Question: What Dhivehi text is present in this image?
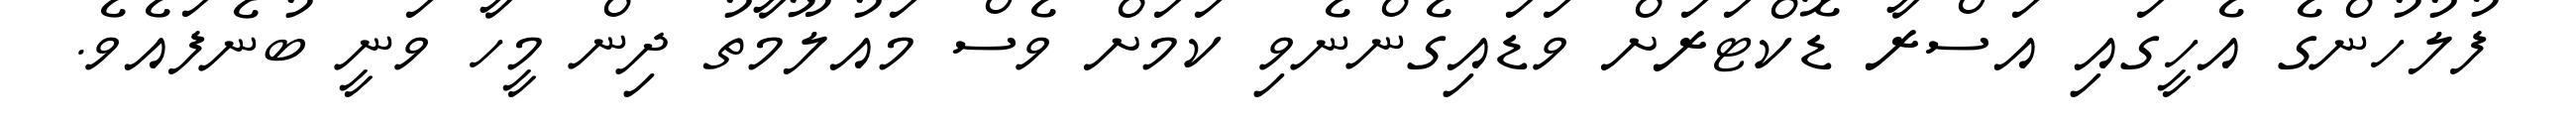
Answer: ފުލުހުންގެ އެހީގައި އަސްރާ ޑޮކްޓަރަށް ވަޑައިގެންނެވި ކަމަށް ވެސް މައުލޫމާތު ދިން މީހާ ވަނީ ބުނެފައެވެ.